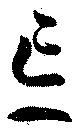
忘